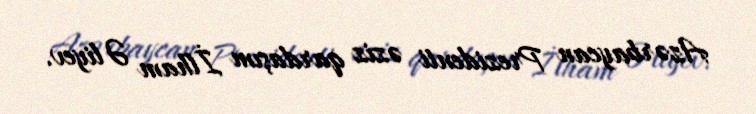
Azərbaycan Prezidenti əziz qardaşım İlham Əliyev.